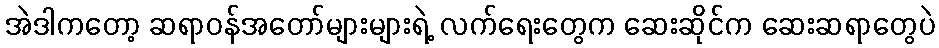
အဲဒါကတော့ ဆရာဝန်အတော်များများရဲ့ လက်ရေးတွေက ဆေးဆိုင်က ဆေးဆရာတွေပဲ